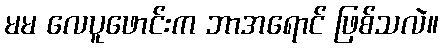
မမ လေပူဖောင်းက ဘာအရောင် ဖြစ်သလဲ။